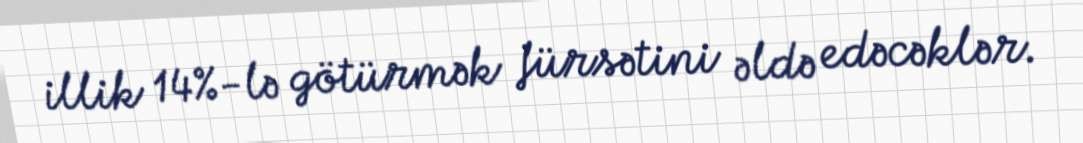
illik 14%-lə götürmək fürsətini əldə edəcəklər.